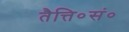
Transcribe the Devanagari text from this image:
तैत्ति०सं०